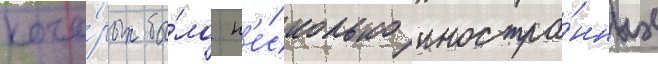
кото́рых бы́ло н'е́сколько иностра́нных